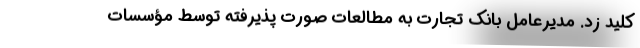
کلید زد. مدیرعامل بانک تجارت به مطالعات صورت پذیرفته توسط مؤسسات